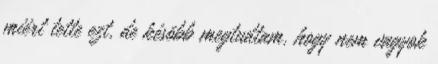
miért tette ezt, de késõbb megtudtam, hogy nem vagyok